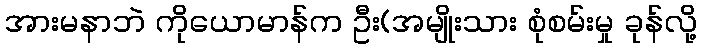
အားမနာဘဲ ကိုယောမာန်က ဦး(အမျိုးသား စုံစမ်းမှု ခုန်လို့